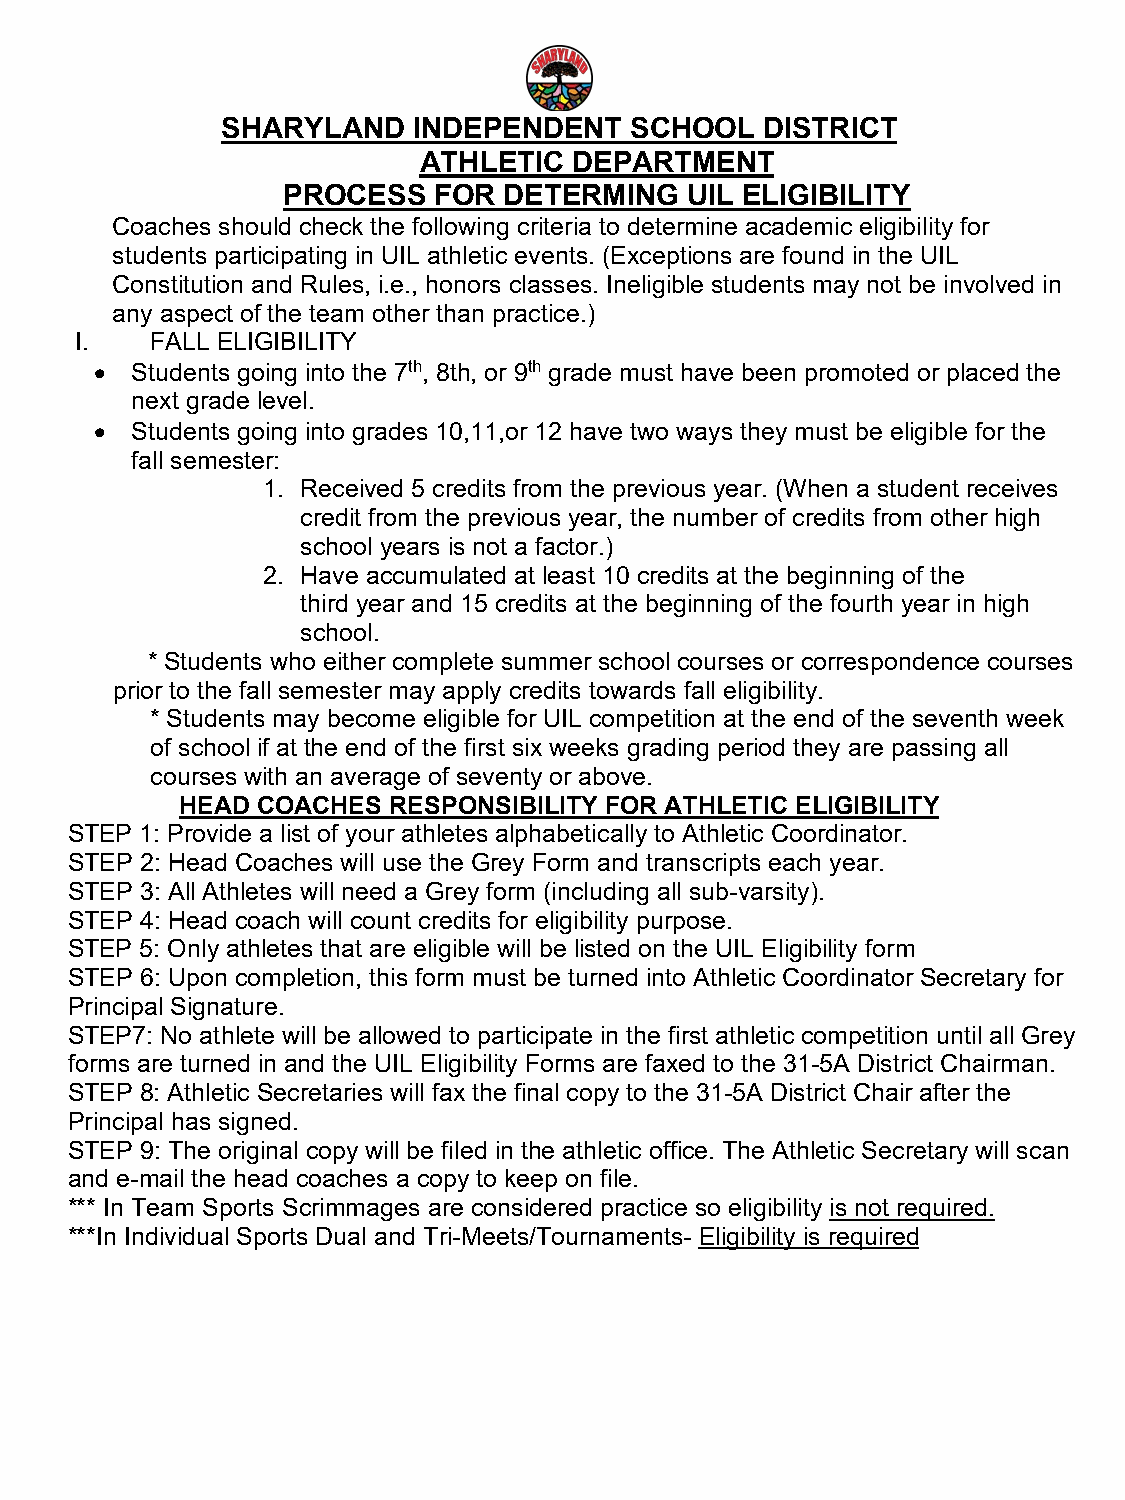
SHARYLAND   INDEPENDENT    SCHOOL   DISTRICT
 ATHLETIC  DEPARTMENT
 PROCESS   FOR DETERMING   UIL ELIGIBILITY
 Coaches should check the following criteria to determine academic eligibility for
 students participating in UIL athletic events. (Exceptions are found in the UIL
 Constitution and Rules, i.e., honors classes. Ineligible students may not be involved in
 any aspect of the team other than practice.)
 I.   FALL ELIGIBILITY
 •  Students going into the 7th, 8th, or 9th grade must have been promoted or placed the
 next grade level.
 •  Students going into grades 10,11,or 12 have two ways they must be eligible for the
 fall semester:
 1. Received 5 credits from the previous year. (When a student receives
 credit from the previous year, the number of credits from other high
 school years is not a factor.)
 2. Have accumulated at least 10 credits at the beginning of the
 third year and 15 credits at the beginning of the fourth year in high
 school.
 * Students who either complete summer school courses or correspondence courses
 prior to the fall semester may apply credits towards fall eligibility.
 * Students may become eligible for UIL competition at the end of the seventh week
 of school if at the end of the first six weeks grading period they are passing all
 courses with an average of seventy or above.
 HEAD COACHES  RESPONSIBILITY FOR ATHLETIC ELIGIBILITY
 STEP 1: Provide a list of your athletes alphabetically to Athletic Coordinator.
 STEP 2: Head Coaches will use the Grey Form and transcripts each year.
 STEP 3: All Athletes will need a Grey form (including all sub-varsity).
 STEP 4: Head coach will count credits for eligibility purpose.
 STEP 5: Only athletes that are eligible will be listed on the UIL Eligibility form
 STEP 6: Upon completion, this form must be turned into Athletic Coordinator Secretary for
 Principal Signature.
 STEP7: No athlete will be allowed to participate in the first athletic competition until all Grey
 forms are turned in and the UIL Eligibility Forms are faxed to the 31-5A District Chairman.
 STEP 8: Athletic Secretaries will fax the final copy to the 31-5A District Chair after the
 Principal has signed.
 STEP 9: The original copy will be filed in the athletic office. The Athletic Secretary will scan
 and e-mail the head coaches a copy to keep on file.
 *** In Team Sports Scrimmages are considered practice so eligibility is not required.
 ***In Individual Sports Dual and Tri-Meets/Tournaments- Eligibility is required